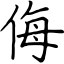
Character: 侮